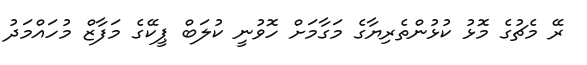
ރޭ މެޗުގެ މޮޅު ކުޅުންތެރިޔާގެ މަގާމަށް ހޮވުނީ ކުލަބް ޕީކޭގެ މަފާޒް މުހައްމަދު